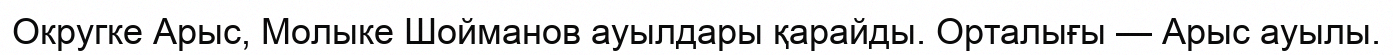
Округке Арыс, Молыке Шойманов ауылдары қарайды. Орталығы — Арыс ауылы.